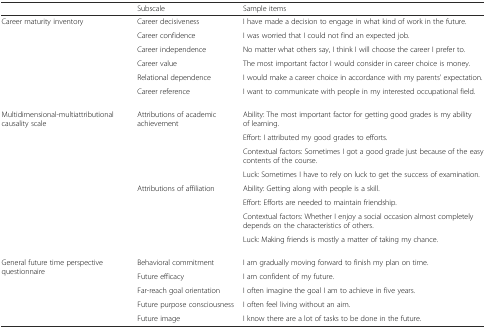
<table><thead><tr><td></td><td><b>Subscale</b></td><td><b>Sample items</b></td></tr></thead><tbody><tr><td rowspan="6">Career maturity inventory</td><td>Career decisiveness</td><td>I have made a decision to engage in what kind of work in the future.</td></tr><tr><td>Career confidence</td><td>I was worried that I could not find an expected job.</td></tr><tr><td>Career independence</td><td>No matter what others say, I think I will choose the career I prefer to.</td></tr><tr><td>Career value</td><td>The most important factor I would consider in career choice is money.</td></tr><tr><td>Relational dependence</td><td>I would make a career choice in accordance with my parents’ expectation.</td></tr><tr><td>Career reference</td><td>I want to communicate with people in my interested occupational field.</td></tr><tr><td>Multidimensional-multiattributional causality scale</td><td>Attributions of academic achievement</td><td>Ability: The most important factor for getting good grades is my ability of learning.</td></tr><tr><td></td><td></td><td>Effort: I attributed my good grades to efforts.</td></tr><tr><td></td><td></td><td>Contextual factors: Sometimes I got a good grade just because of the easy contents of the course.</td></tr><tr><td></td><td></td><td>Luck: Sometimes I have to rely on luck to get the success of examination.</td></tr><tr><td></td><td>Attributions of affiliation</td><td>Ability: Getting along with people is a skill.</td></tr><tr><td></td><td></td><td>Effort: Efforts are needed to maintain friendship.</td></tr><tr><td></td><td></td><td>Contextual factors: Whether I enjoy a social occasion almost completely depends on the characteristics of others.</td></tr><tr><td></td><td></td><td>Luck: Making friends is mostly a matter of taking my chance.</td></tr><tr><td rowspan="5">General future time perspective questionnaire</td><td>Behavioral commitment</td><td>I am gradually moving forward to finish my plan on time.</td></tr><tr><td>Future efficacy</td><td>I am confident of my future.</td></tr><tr><td>Far-reach goal orientation</td><td>I often imagine the goal I am to achieve in five years.</td></tr><tr><td>Future purpose consciousness</td><td>I often feel living without an aim.</td></tr><tr><td>Future image</td><td>I know there are a lot of tasks to be done in the future.</td></tr></tbody></table>